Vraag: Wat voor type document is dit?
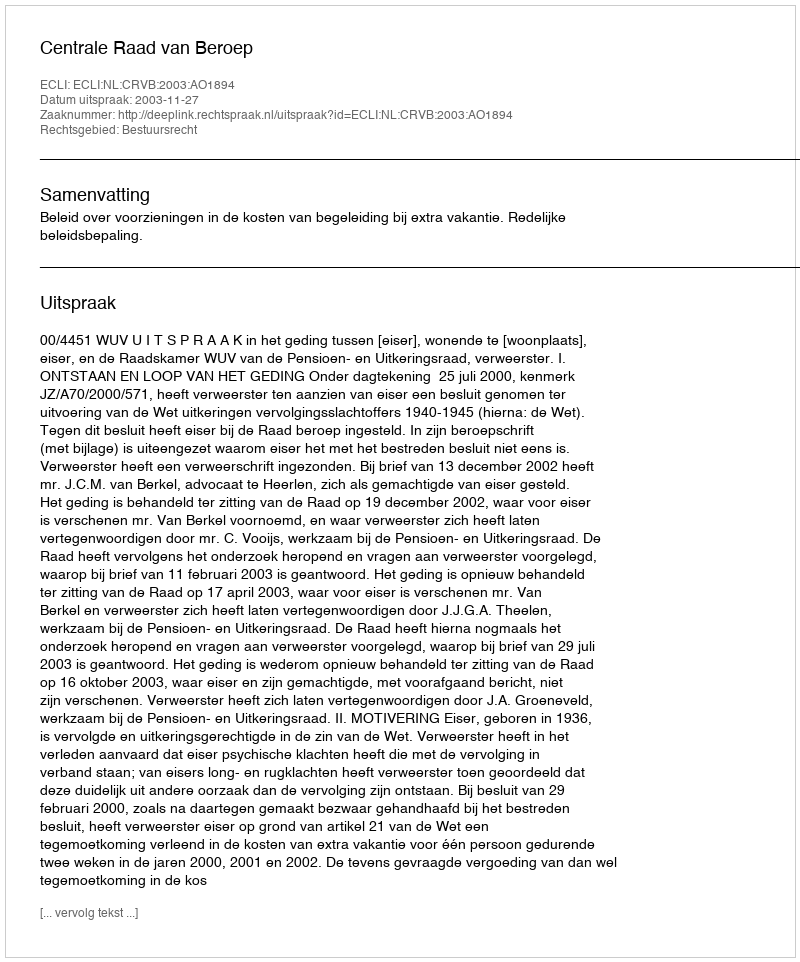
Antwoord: Uitspraak